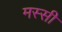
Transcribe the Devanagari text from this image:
मस्सी